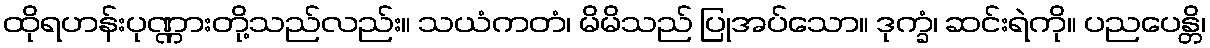
ထိုရဟန်းပုဏ္ဏားတို့သည်လည်း။ သယံကတံ၊ မိမိသည် ပြုအပ်သော။ ဒုက္ခံ၊ ဆင်းရဲကို။ ပညပေန္တိ၊